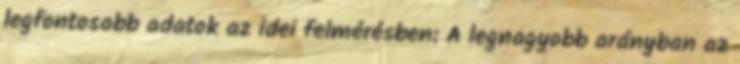
legfontosabb adatok az idei felmérésben: A legnagyobb arányban az